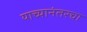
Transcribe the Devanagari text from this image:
याच्यानंतरचा